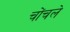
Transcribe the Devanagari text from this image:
चोंचले